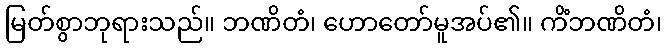
မြတ်စွာဘုရားသည်။ ဘဏိတံ၊ ဟောတော်မူအပ်၏။ ကိံဘဏိတံ၊